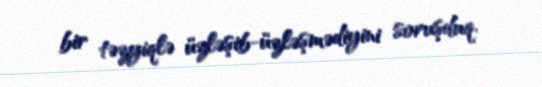
bir təzyiqlə üzləşib-üzləşmədiyini soruşduq.